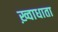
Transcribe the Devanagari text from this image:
ख़्वाधाता